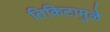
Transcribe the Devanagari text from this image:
तिकिटामुळे